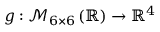
g : \mathcal { M } _ { 6 \times 6 } \left( \mathbb { R } \right) \to \mathbb { R } ^ { 4 }